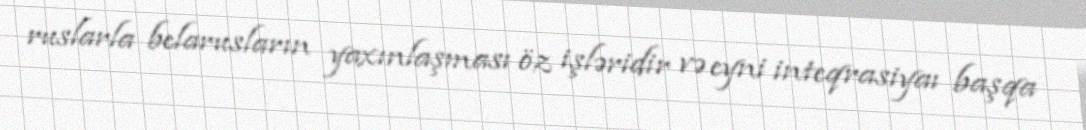
ruslarla belarusların yaxınlaşması öz işləridir və eyni inteqrasiyaı başqa